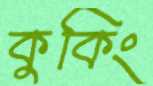
কুকিং